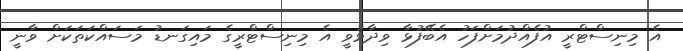
އެ މިނިސްޓްރީ އުފެއްދުމަށްފަހު އެބޭފުޅާ ވިދާޅުވީ އެ މިނިސްޓްރީގެ މައިގަނޑު މަސައްކަތަކަށް ވާނީ